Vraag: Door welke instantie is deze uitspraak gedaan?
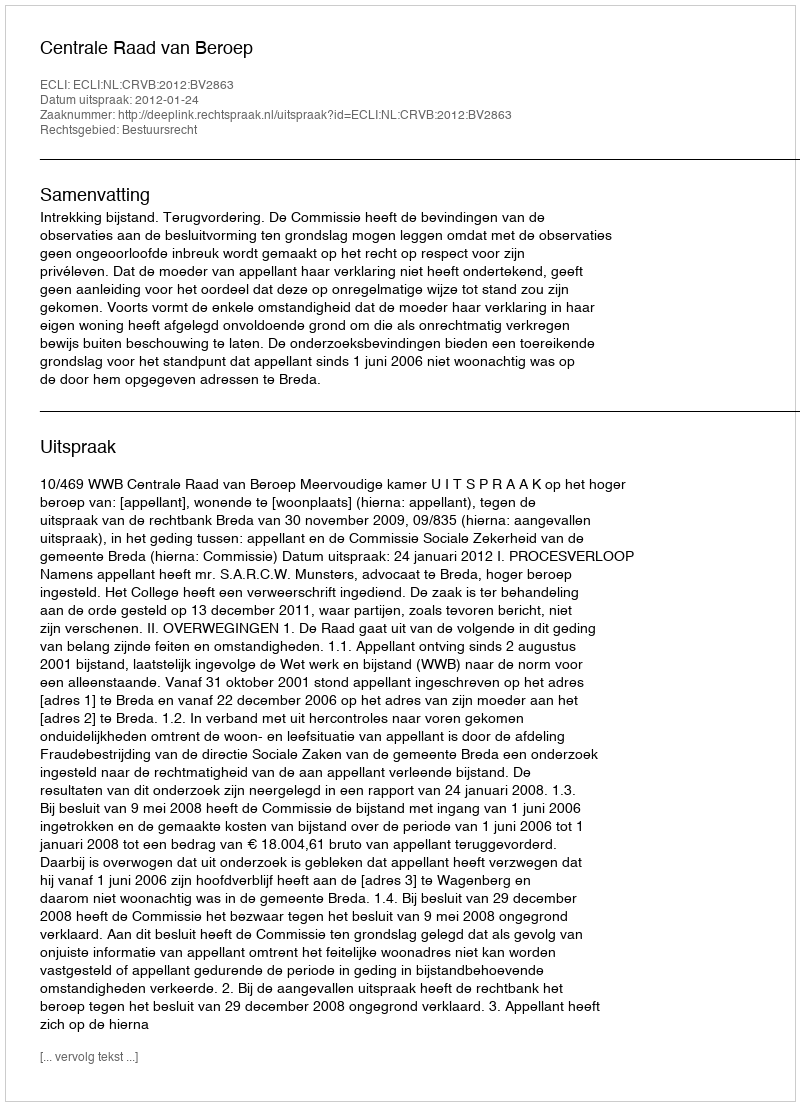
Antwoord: Centrale Raad van Beroep